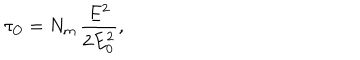
\tau _ { O } = N _ { \mathrm { m } } \, { \frac { E ^ { 2 } } { 2 E _ { 0 } ^ { 2 } } } ,